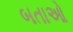
બતાઓ